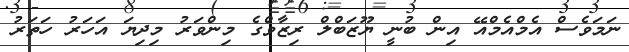
ނަމަވެސް އެމްއެމްއޭ އިން ބުނީ ޔޫޒަބްލް ރިޒާވްގެ މިންވަރު މިދިޔަ އަހަރު ހަތަރު